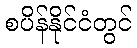
စပိန်နိုင်ငံတွင်